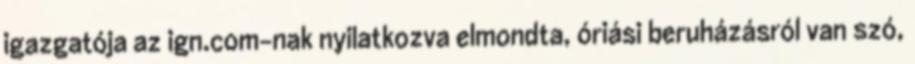
igazgatója az ign.com-nak nyilatkozva elmondta, óriási beruházásról van szó,